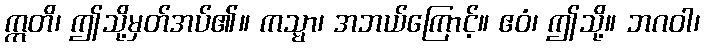
ဣတိ၊ ဤသို့မှတ်အပ်၏။ ကသ္မာ၊ အဘယ်ကြောင့်။ ဧဝံ၊ ဤသို့။ ဘဂဝါ၊